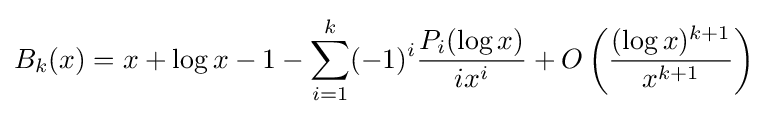
B_{k}(x)=x+\log x-1-\sum _{i=1}^{k}(-1)^{i}{\frac {P_{i}(\log x)}{ix^{i}}}+O\left({\frac {(\log x)^{k+1}}{x^{k+1}}}\right)